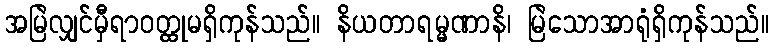
အမြဲလျှင်မှီရာဝတ္ထုမရှိကုန်သည်။ နိယတာရမ္မဏာနိ၊ မြဲသောအာရုံရှိကုန်သည်။